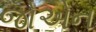
જોએન